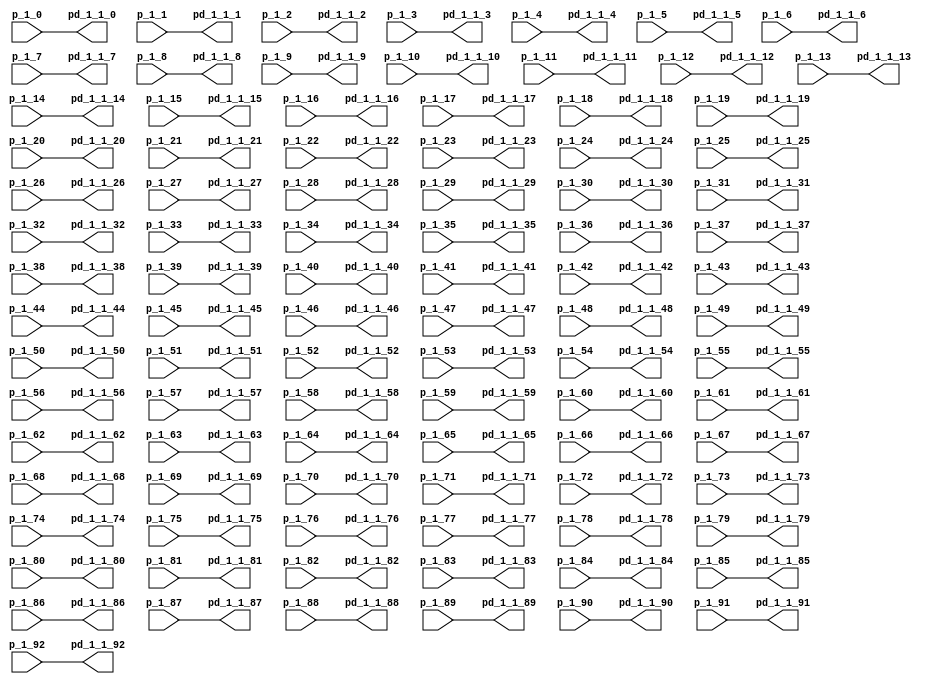
// -------------------------------------------------------------
// 
// 
// Generated by MATLAB 9.0 and HDL Coder 3.8
// 
// -------------------------------------------------------------


// -------------------------------------------------------------
// 
// Module: Delays_1
// Source Path: untitled/Pattern Recognition Neural Network/Layer 1/Delays 1
// Hierarchy Level: 2
// 
// -------------------------------------------------------------

`timescale 1 ns / 1 ns

module Delays_1
          (
           p_1_0,
           p_1_1,
           p_1_2,
           p_1_3,
           p_1_4,
           p_1_5,
           p_1_6,
           p_1_7,
           p_1_8,
           p_1_9,
           p_1_10,
           p_1_11,
           p_1_12,
           p_1_13,
           p_1_14,
           p_1_15,
           p_1_16,
           p_1_17,
           p_1_18,
           p_1_19,
           p_1_20,
           p_1_21,
           p_1_22,
           p_1_23,
           p_1_24,
           p_1_25,
           p_1_26,
           p_1_27,
           p_1_28,
           p_1_29,
           p_1_30,
           p_1_31,
           p_1_32,
           p_1_33,
           p_1_34,
           p_1_35,
           p_1_36,
           p_1_37,
           p_1_38,
           p_1_39,
           p_1_40,
           p_1_41,
           p_1_42,
           p_1_43,
           p_1_44,
           p_1_45,
           p_1_46,
           p_1_47,
           p_1_48,
           p_1_49,
           p_1_50,
           p_1_51,
           p_1_52,
           p_1_53,
           p_1_54,
           p_1_55,
           p_1_56,
           p_1_57,
           p_1_58,
           p_1_59,
           p_1_60,
           p_1_61,
           p_1_62,
           p_1_63,
           p_1_64,
           p_1_65,
           p_1_66,
           p_1_67,
           p_1_68,
           p_1_69,
           p_1_70,
           p_1_71,
           p_1_72,
           p_1_73,
           p_1_74,
           p_1_75,
           p_1_76,
           p_1_77,
           p_1_78,
           p_1_79,
           p_1_80,
           p_1_81,
           p_1_82,
           p_1_83,
           p_1_84,
           p_1_85,
           p_1_86,
           p_1_87,
           p_1_88,
           p_1_89,
           p_1_90,
           p_1_91,
           p_1_92,
           pd_1_1_0,
           pd_1_1_1,
           pd_1_1_2,
           pd_1_1_3,
           pd_1_1_4,
           pd_1_1_5,
           pd_1_1_6,
           pd_1_1_7,
           pd_1_1_8,
           pd_1_1_9,
           pd_1_1_10,
           pd_1_1_11,
           pd_1_1_12,
           pd_1_1_13,
           pd_1_1_14,
           pd_1_1_15,
           pd_1_1_16,
           pd_1_1_17,
           pd_1_1_18,
           pd_1_1_19,
           pd_1_1_20,
           pd_1_1_21,
           pd_1_1_22,
           pd_1_1_23,
           pd_1_1_24,
           pd_1_1_25,
           pd_1_1_26,
           pd_1_1_27,
           pd_1_1_28,
           pd_1_1_29,
           pd_1_1_30,
           pd_1_1_31,
           pd_1_1_32,
           pd_1_1_33,
           pd_1_1_34,
           pd_1_1_35,
           pd_1_1_36,
           pd_1_1_37,
           pd_1_1_38,
           pd_1_1_39,
           pd_1_1_40,
           pd_1_1_41,
           pd_1_1_42,
           pd_1_1_43,
           pd_1_1_44,
           pd_1_1_45,
           pd_1_1_46,
           pd_1_1_47,
           pd_1_1_48,
           pd_1_1_49,
           pd_1_1_50,
           pd_1_1_51,
           pd_1_1_52,
           pd_1_1_53,
           pd_1_1_54,
           pd_1_1_55,
           pd_1_1_56,
           pd_1_1_57,
           pd_1_1_58,
           pd_1_1_59,
           pd_1_1_60,
           pd_1_1_61,
           pd_1_1_62,
           pd_1_1_63,
           pd_1_1_64,
           pd_1_1_65,
           pd_1_1_66,
           pd_1_1_67,
           pd_1_1_68,
           pd_1_1_69,
           pd_1_1_70,
           pd_1_1_71,
           pd_1_1_72,
           pd_1_1_73,
           pd_1_1_74,
           pd_1_1_75,
           pd_1_1_76,
           pd_1_1_77,
           pd_1_1_78,
           pd_1_1_79,
           pd_1_1_80,
           pd_1_1_81,
           pd_1_1_82,
           pd_1_1_83,
           pd_1_1_84,
           pd_1_1_85,
           pd_1_1_86,
           pd_1_1_87,
           pd_1_1_88,
           pd_1_1_89,
           pd_1_1_90,
           pd_1_1_91,
           pd_1_1_92
          );


  input   [63:0] p_1_0;  // double
  input   [63:0] p_1_1;  // double
  input   [63:0] p_1_2;  // double
  input   [63:0] p_1_3;  // double
  input   [63:0] p_1_4;  // double
  input   [63:0] p_1_5;  // double
  input   [63:0] p_1_6;  // double
  input   [63:0] p_1_7;  // double
  input   [63:0] p_1_8;  // double
  input   [63:0] p_1_9;  // double
  input   [63:0] p_1_10;  // double
  input   [63:0] p_1_11;  // double
  input   [63:0] p_1_12;  // double
  input   [63:0] p_1_13;  // double
  input   [63:0] p_1_14;  // double
  input   [63:0] p_1_15;  // double
  input   [63:0] p_1_16;  // double
  input   [63:0] p_1_17;  // double
  input   [63:0] p_1_18;  // double
  input   [63:0] p_1_19;  // double
  input   [63:0] p_1_20;  // double
  input   [63:0] p_1_21;  // double
  input   [63:0] p_1_22;  // double
  input   [63:0] p_1_23;  // double
  input   [63:0] p_1_24;  // double
  input   [63:0] p_1_25;  // double
  input   [63:0] p_1_26;  // double
  input   [63:0] p_1_27;  // double
  input   [63:0] p_1_28;  // double
  input   [63:0] p_1_29;  // double
  input   [63:0] p_1_30;  // double
  input   [63:0] p_1_31;  // double
  input   [63:0] p_1_32;  // double
  input   [63:0] p_1_33;  // double
  input   [63:0] p_1_34;  // double
  input   [63:0] p_1_35;  // double
  input   [63:0] p_1_36;  // double
  input   [63:0] p_1_37;  // double
  input   [63:0] p_1_38;  // double
  input   [63:0] p_1_39;  // double
  input   [63:0] p_1_40;  // double
  input   [63:0] p_1_41;  // double
  input   [63:0] p_1_42;  // double
  input   [63:0] p_1_43;  // double
  input   [63:0] p_1_44;  // double
  input   [63:0] p_1_45;  // double
  input   [63:0] p_1_46;  // double
  input   [63:0] p_1_47;  // double
  input   [63:0] p_1_48;  // double
  input   [63:0] p_1_49;  // double
  input   [63:0] p_1_50;  // double
  input   [63:0] p_1_51;  // double
  input   [63:0] p_1_52;  // double
  input   [63:0] p_1_53;  // double
  input   [63:0] p_1_54;  // double
  input   [63:0] p_1_55;  // double
  input   [63:0] p_1_56;  // double
  input   [63:0] p_1_57;  // double
  input   [63:0] p_1_58;  // double
  input   [63:0] p_1_59;  // double
  input   [63:0] p_1_60;  // double
  input   [63:0] p_1_61;  // double
  input   [63:0] p_1_62;  // double
  input   [63:0] p_1_63;  // double
  input   [63:0] p_1_64;  // double
  input   [63:0] p_1_65;  // double
  input   [63:0] p_1_66;  // double
  input   [63:0] p_1_67;  // double
  input   [63:0] p_1_68;  // double
  input   [63:0] p_1_69;  // double
  input   [63:0] p_1_70;  // double
  input   [63:0] p_1_71;  // double
  input   [63:0] p_1_72;  // double
  input   [63:0] p_1_73;  // double
  input   [63:0] p_1_74;  // double
  input   [63:0] p_1_75;  // double
  input   [63:0] p_1_76;  // double
  input   [63:0] p_1_77;  // double
  input   [63:0] p_1_78;  // double
  input   [63:0] p_1_79;  // double
  input   [63:0] p_1_80;  // double
  input   [63:0] p_1_81;  // double
  input   [63:0] p_1_82;  // double
  input   [63:0] p_1_83;  // double
  input   [63:0] p_1_84;  // double
  input   [63:0] p_1_85;  // double
  input   [63:0] p_1_86;  // double
  input   [63:0] p_1_87;  // double
  input   [63:0] p_1_88;  // double
  input   [63:0] p_1_89;  // double
  input   [63:0] p_1_90;  // double
  input   [63:0] p_1_91;  // double
  input   [63:0] p_1_92;  // double
  output  [63:0] pd_1_1_0;  // double
  output  [63:0] pd_1_1_1;  // double
  output  [63:0] pd_1_1_2;  // double
  output  [63:0] pd_1_1_3;  // double
  output  [63:0] pd_1_1_4;  // double
  output  [63:0] pd_1_1_5;  // double
  output  [63:0] pd_1_1_6;  // double
  output  [63:0] pd_1_1_7;  // double
  output  [63:0] pd_1_1_8;  // double
  output  [63:0] pd_1_1_9;  // double
  output  [63:0] pd_1_1_10;  // double
  output  [63:0] pd_1_1_11;  // double
  output  [63:0] pd_1_1_12;  // double
  output  [63:0] pd_1_1_13;  // double
  output  [63:0] pd_1_1_14;  // double
  output  [63:0] pd_1_1_15;  // double
  output  [63:0] pd_1_1_16;  // double
  output  [63:0] pd_1_1_17;  // double
  output  [63:0] pd_1_1_18;  // double
  output  [63:0] pd_1_1_19;  // double
  output  [63:0] pd_1_1_20;  // double
  output  [63:0] pd_1_1_21;  // double
  output  [63:0] pd_1_1_22;  // double
  output  [63:0] pd_1_1_23;  // double
  output  [63:0] pd_1_1_24;  // double
  output  [63:0] pd_1_1_25;  // double
  output  [63:0] pd_1_1_26;  // double
  output  [63:0] pd_1_1_27;  // double
  output  [63:0] pd_1_1_28;  // double
  output  [63:0] pd_1_1_29;  // double
  output  [63:0] pd_1_1_30;  // double
  output  [63:0] pd_1_1_31;  // double
  output  [63:0] pd_1_1_32;  // double
  output  [63:0] pd_1_1_33;  // double
  output  [63:0] pd_1_1_34;  // double
  output  [63:0] pd_1_1_35;  // double
  output  [63:0] pd_1_1_36;  // double
  output  [63:0] pd_1_1_37;  // double
  output  [63:0] pd_1_1_38;  // double
  output  [63:0] pd_1_1_39;  // double
  output  [63:0] pd_1_1_40;  // double
  output  [63:0] pd_1_1_41;  // double
  output  [63:0] pd_1_1_42;  // double
  output  [63:0] pd_1_1_43;  // double
  output  [63:0] pd_1_1_44;  // double
  output  [63:0] pd_1_1_45;  // double
  output  [63:0] pd_1_1_46;  // double
  output  [63:0] pd_1_1_47;  // double
  output  [63:0] pd_1_1_48;  // double
  output  [63:0] pd_1_1_49;  // double
  output  [63:0] pd_1_1_50;  // double
  output  [63:0] pd_1_1_51;  // double
  output  [63:0] pd_1_1_52;  // double
  output  [63:0] pd_1_1_53;  // double
  output  [63:0] pd_1_1_54;  // double
  output  [63:0] pd_1_1_55;  // double
  output  [63:0] pd_1_1_56;  // double
  output  [63:0] pd_1_1_57;  // double
  output  [63:0] pd_1_1_58;  // double
  output  [63:0] pd_1_1_59;  // double
  output  [63:0] pd_1_1_60;  // double
  output  [63:0] pd_1_1_61;  // double
  output  [63:0] pd_1_1_62;  // double
  output  [63:0] pd_1_1_63;  // double
  output  [63:0] pd_1_1_64;  // double
  output  [63:0] pd_1_1_65;  // double
  output  [63:0] pd_1_1_66;  // double
  output  [63:0] pd_1_1_67;  // double
  output  [63:0] pd_1_1_68;  // double
  output  [63:0] pd_1_1_69;  // double
  output  [63:0] pd_1_1_70;  // double
  output  [63:0] pd_1_1_71;  // double
  output  [63:0] pd_1_1_72;  // double
  output  [63:0] pd_1_1_73;  // double
  output  [63:0] pd_1_1_74;  // double
  output  [63:0] pd_1_1_75;  // double
  output  [63:0] pd_1_1_76;  // double
  output  [63:0] pd_1_1_77;  // double
  output  [63:0] pd_1_1_78;  // double
  output  [63:0] pd_1_1_79;  // double
  output  [63:0] pd_1_1_80;  // double
  output  [63:0] pd_1_1_81;  // double
  output  [63:0] pd_1_1_82;  // double
  output  [63:0] pd_1_1_83;  // double
  output  [63:0] pd_1_1_84;  // double
  output  [63:0] pd_1_1_85;  // double
  output  [63:0] pd_1_1_86;  // double
  output  [63:0] pd_1_1_87;  // double
  output  [63:0] pd_1_1_88;  // double
  output  [63:0] pd_1_1_89;  // double
  output  [63:0] pd_1_1_90;  // double
  output  [63:0] pd_1_1_91;  // double
  output  [63:0] pd_1_1_92;  // double




  assign pd_1_1_0 = p_1_0;

  assign pd_1_1_1 = p_1_1;

  assign pd_1_1_2 = p_1_2;

  assign pd_1_1_3 = p_1_3;

  assign pd_1_1_4 = p_1_4;

  assign pd_1_1_5 = p_1_5;

  assign pd_1_1_6 = p_1_6;

  assign pd_1_1_7 = p_1_7;

  assign pd_1_1_8 = p_1_8;

  assign pd_1_1_9 = p_1_9;

  assign pd_1_1_10 = p_1_10;

  assign pd_1_1_11 = p_1_11;

  assign pd_1_1_12 = p_1_12;

  assign pd_1_1_13 = p_1_13;

  assign pd_1_1_14 = p_1_14;

  assign pd_1_1_15 = p_1_15;

  assign pd_1_1_16 = p_1_16;

  assign pd_1_1_17 = p_1_17;

  assign pd_1_1_18 = p_1_18;

  assign pd_1_1_19 = p_1_19;

  assign pd_1_1_20 = p_1_20;

  assign pd_1_1_21 = p_1_21;

  assign pd_1_1_22 = p_1_22;

  assign pd_1_1_23 = p_1_23;

  assign pd_1_1_24 = p_1_24;

  assign pd_1_1_25 = p_1_25;

  assign pd_1_1_26 = p_1_26;

  assign pd_1_1_27 = p_1_27;

  assign pd_1_1_28 = p_1_28;

  assign pd_1_1_29 = p_1_29;

  assign pd_1_1_30 = p_1_30;

  assign pd_1_1_31 = p_1_31;

  assign pd_1_1_32 = p_1_32;

  assign pd_1_1_33 = p_1_33;

  assign pd_1_1_34 = p_1_34;

  assign pd_1_1_35 = p_1_35;

  assign pd_1_1_36 = p_1_36;

  assign pd_1_1_37 = p_1_37;

  assign pd_1_1_38 = p_1_38;

  assign pd_1_1_39 = p_1_39;

  assign pd_1_1_40 = p_1_40;

  assign pd_1_1_41 = p_1_41;

  assign pd_1_1_42 = p_1_42;

  assign pd_1_1_43 = p_1_43;

  assign pd_1_1_44 = p_1_44;

  assign pd_1_1_45 = p_1_45;

  assign pd_1_1_46 = p_1_46;

  assign pd_1_1_47 = p_1_47;

  assign pd_1_1_48 = p_1_48;

  assign pd_1_1_49 = p_1_49;

  assign pd_1_1_50 = p_1_50;

  assign pd_1_1_51 = p_1_51;

  assign pd_1_1_52 = p_1_52;

  assign pd_1_1_53 = p_1_53;

  assign pd_1_1_54 = p_1_54;

  assign pd_1_1_55 = p_1_55;

  assign pd_1_1_56 = p_1_56;

  assign pd_1_1_57 = p_1_57;

  assign pd_1_1_58 = p_1_58;

  assign pd_1_1_59 = p_1_59;

  assign pd_1_1_60 = p_1_60;

  assign pd_1_1_61 = p_1_61;

  assign pd_1_1_62 = p_1_62;

  assign pd_1_1_63 = p_1_63;

  assign pd_1_1_64 = p_1_64;

  assign pd_1_1_65 = p_1_65;

  assign pd_1_1_66 = p_1_66;

  assign pd_1_1_67 = p_1_67;

  assign pd_1_1_68 = p_1_68;

  assign pd_1_1_69 = p_1_69;

  assign pd_1_1_70 = p_1_70;

  assign pd_1_1_71 = p_1_71;

  assign pd_1_1_72 = p_1_72;

  assign pd_1_1_73 = p_1_73;

  assign pd_1_1_74 = p_1_74;

  assign pd_1_1_75 = p_1_75;

  assign pd_1_1_76 = p_1_76;

  assign pd_1_1_77 = p_1_77;

  assign pd_1_1_78 = p_1_78;

  assign pd_1_1_79 = p_1_79;

  assign pd_1_1_80 = p_1_80;

  assign pd_1_1_81 = p_1_81;

  assign pd_1_1_82 = p_1_82;

  assign pd_1_1_83 = p_1_83;

  assign pd_1_1_84 = p_1_84;

  assign pd_1_1_85 = p_1_85;

  assign pd_1_1_86 = p_1_86;

  assign pd_1_1_87 = p_1_87;

  assign pd_1_1_88 = p_1_88;

  assign pd_1_1_89 = p_1_89;

  assign pd_1_1_90 = p_1_90;

  assign pd_1_1_91 = p_1_91;

  assign pd_1_1_92 = p_1_92;

endmodule  // Delays_1